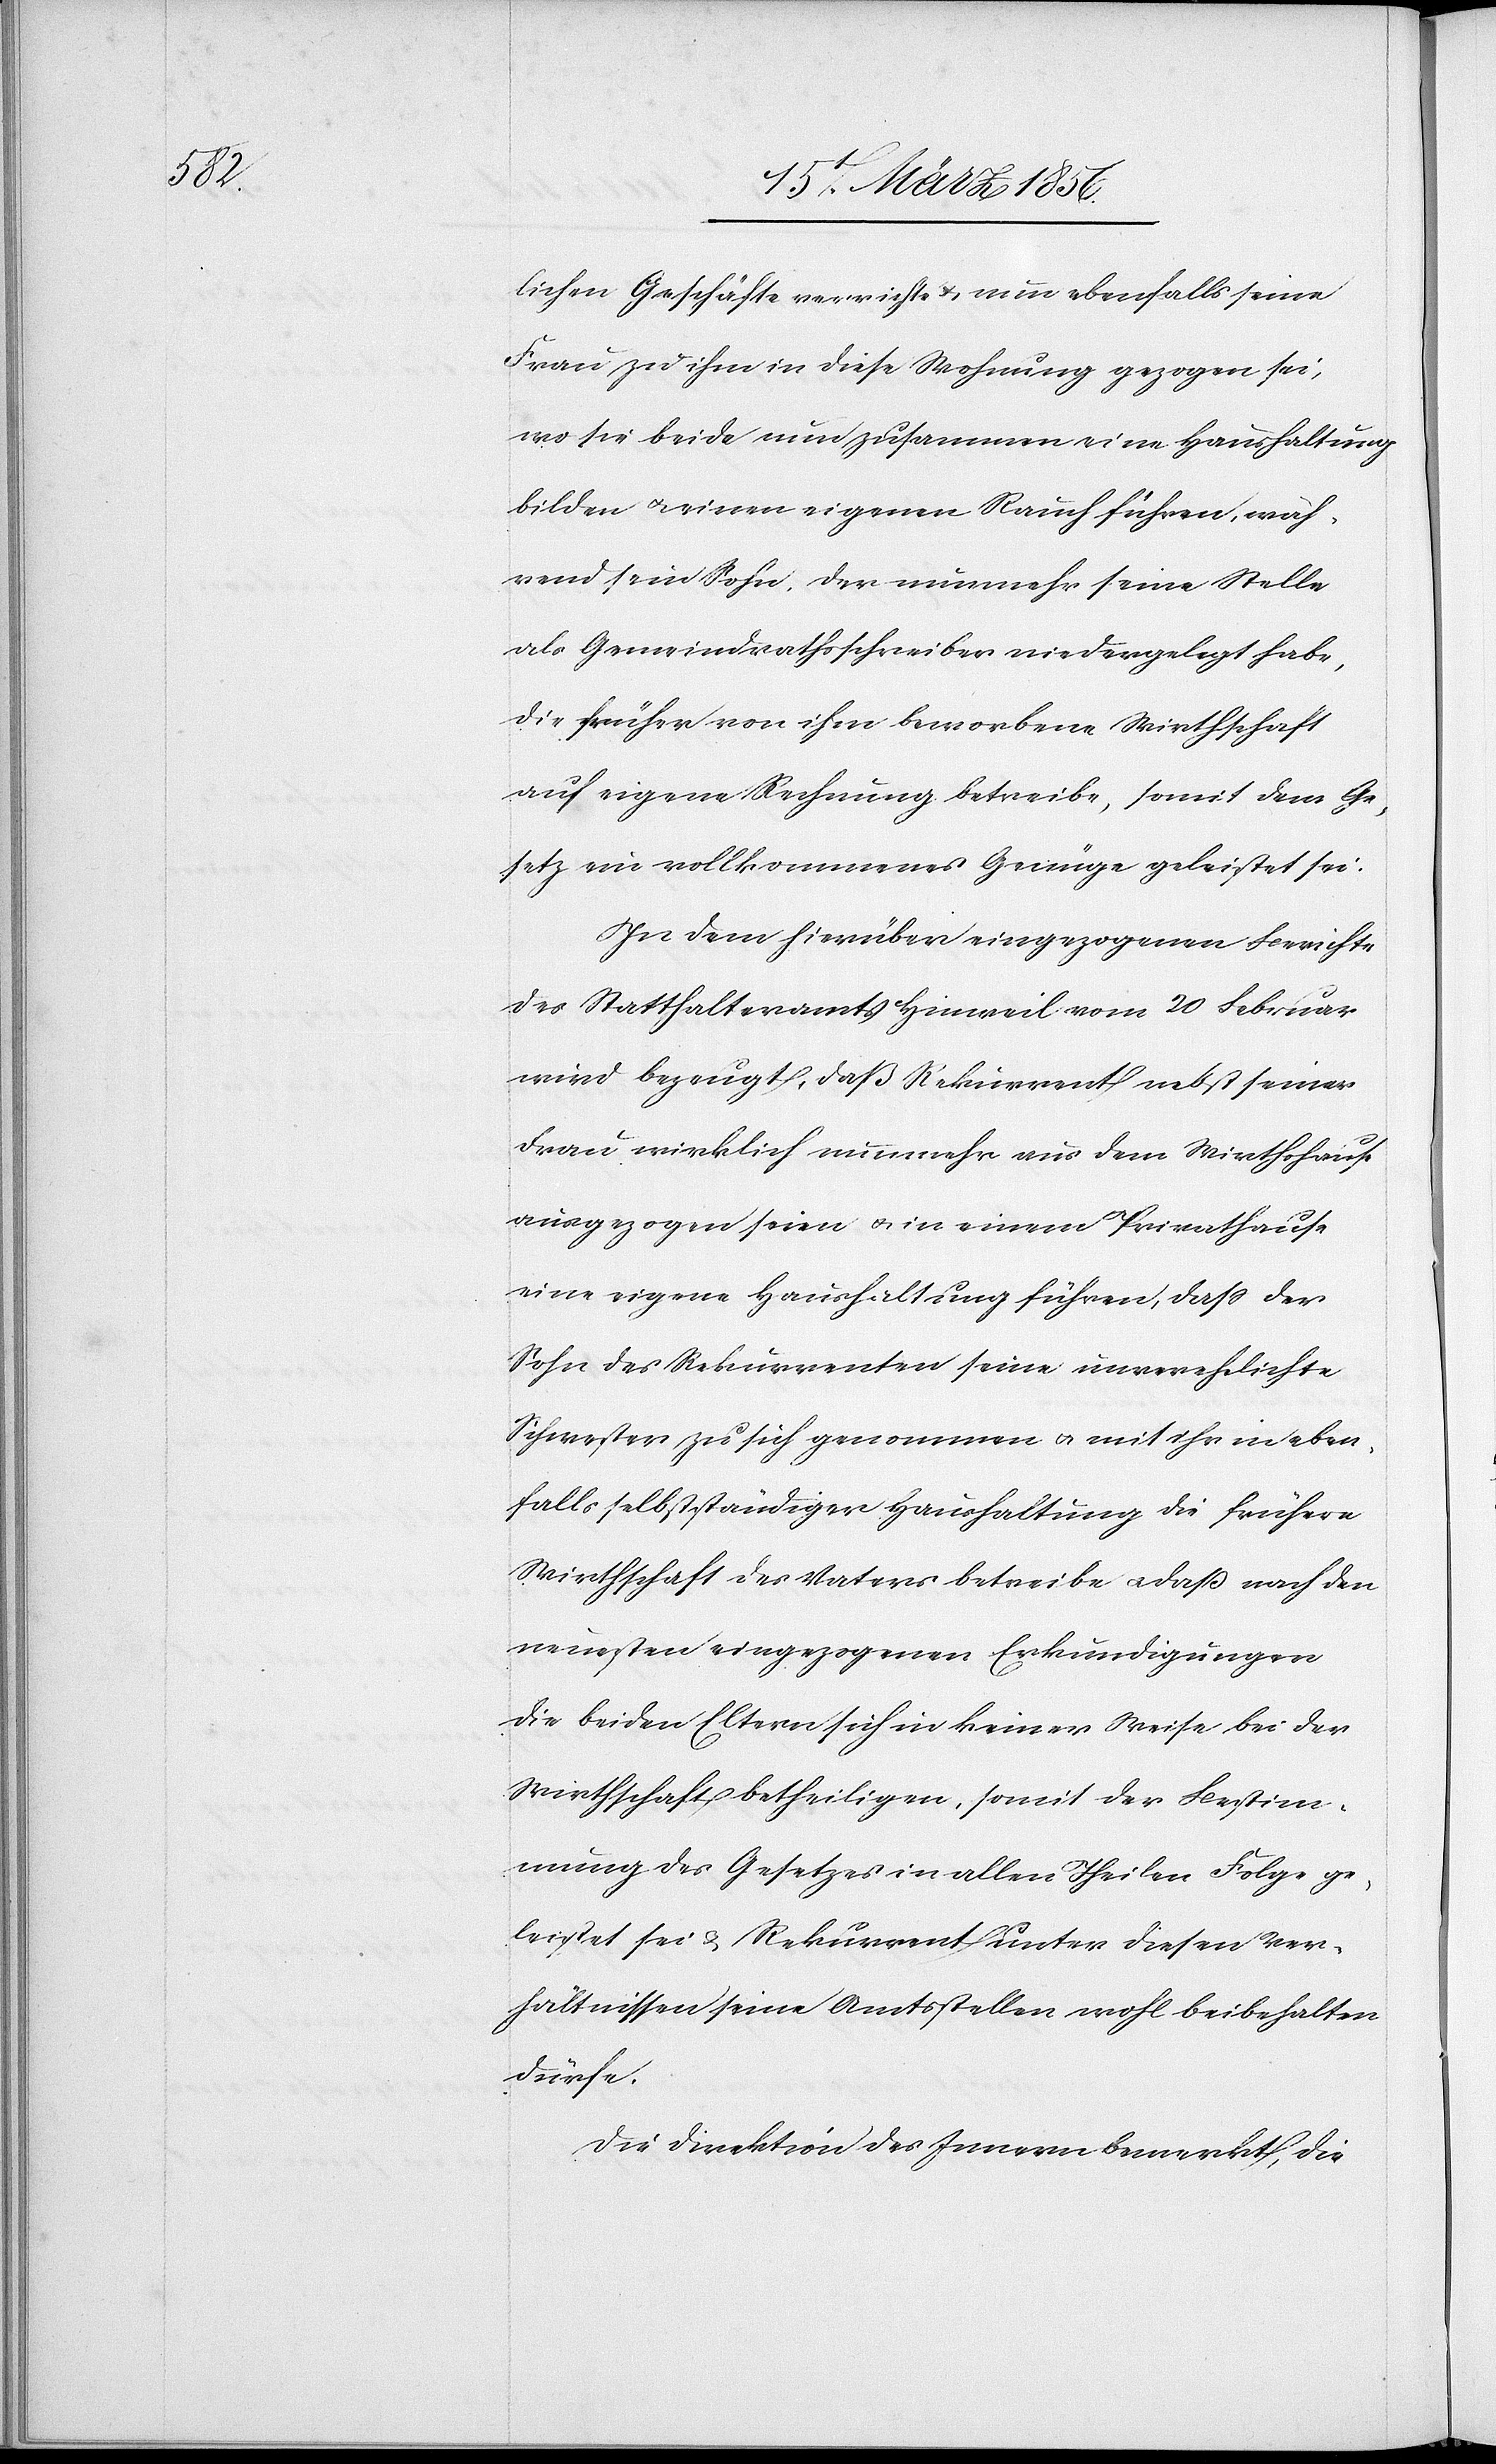
lichen Geschäfte verrichte & nun ebenfalls seine
Frau zu ihm in diese Wohnung gezogen sei,
wo sie beide nun zusammen eine Haushaltung
bilden u. einen eigenen Rauch führen, wäh¬
rend sein Sohn, der nunmehr seine Stelle
als Gemeindrathsschreiber niedergelegt habe,
die früher von ihm beworbene Wirthschaft
auf eigene Rechnung betreibe, somit dem Ge¬
setz ein vollkommenes Genüge geleistet sei.
In dem hierüber eingezogenen Berichte
des Statthalteramts Hinweil vom 20 Februar
wird bezeugt, daß Rekurrent nebst seiner
Frau wirklich nunmehr aus dem Wirthshause
ausgezogen seien u. in einem Privathause
eine eigene Haushaltung führen, daß der
Sohn des Rekurrenten seine unverehelichte
Schwester zu sich genommen u. mit ihr in eben¬
falls selbstständiger Haushaltung die frühere
Wirthschaft des Vaters betreibe u. daß nach den
neuesten eingezogenen Erkundigungen
die beiden Eltern sich in keiner Weise bei der
Wirthschaft betheiligen, somit der Bestim¬
mung des Gesetzes in allen Theilen Folge ge¬
leistet sei & Rekurrent unter diesen Ver¬
hältnissen seine Amtsstellen wohl beibehalten
dürfe.
Die Direktion des Innern bemerkt, die